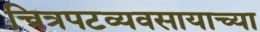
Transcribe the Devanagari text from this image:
चित्रपटव्यवसायाच्या